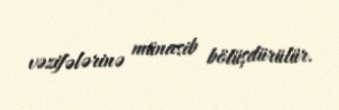
vəzifələrinə münasib bölüşdürülür.